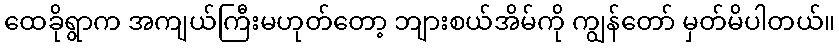
ထေခိုရွာက အကျယ်ကြီးမဟုတ်တော့ ဘျားစယ်အိမ်ကို ကျွန်တော် မှတ်မိပါတယ်။